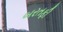
બરતફી